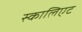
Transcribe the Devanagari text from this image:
स्कालिएट